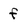
Character: f